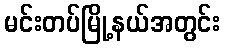
မင်းတပ်မြို့နယ်အတွင်း